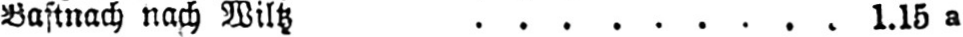
Bastnach nach Wiltz ......... 1.15a